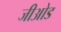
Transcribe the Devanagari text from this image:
जीओड